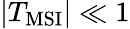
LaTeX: |T_{\mathrm{MSI}}|\ll 1